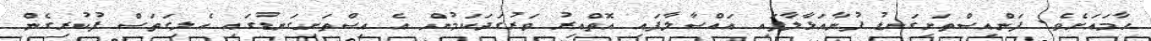
ހާމައަށެވެ. ފަންއިސްތަށިގަނޑު ފުނާއަޅާލާފައި އައްސާލާފައި އޮތްއިރު ވަރުގަދަކަމުން އެ އިސްތަށިގަނޑުގައި އެލިގަތަސް ފުކުރިގެން